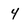
Character: 4